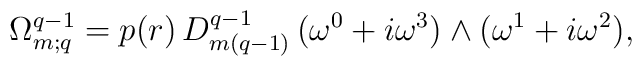
\Omega^{q-1}_{m;q}=p(r)\,D^{q-1}_{m(q-1)}\,(\omega^0+i\omega^3)\wedge(\omega^1+i\omega^2),